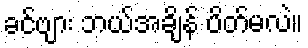
ခင်ဗျား ဘယ်အချိန် ပိတ်မလဲ။